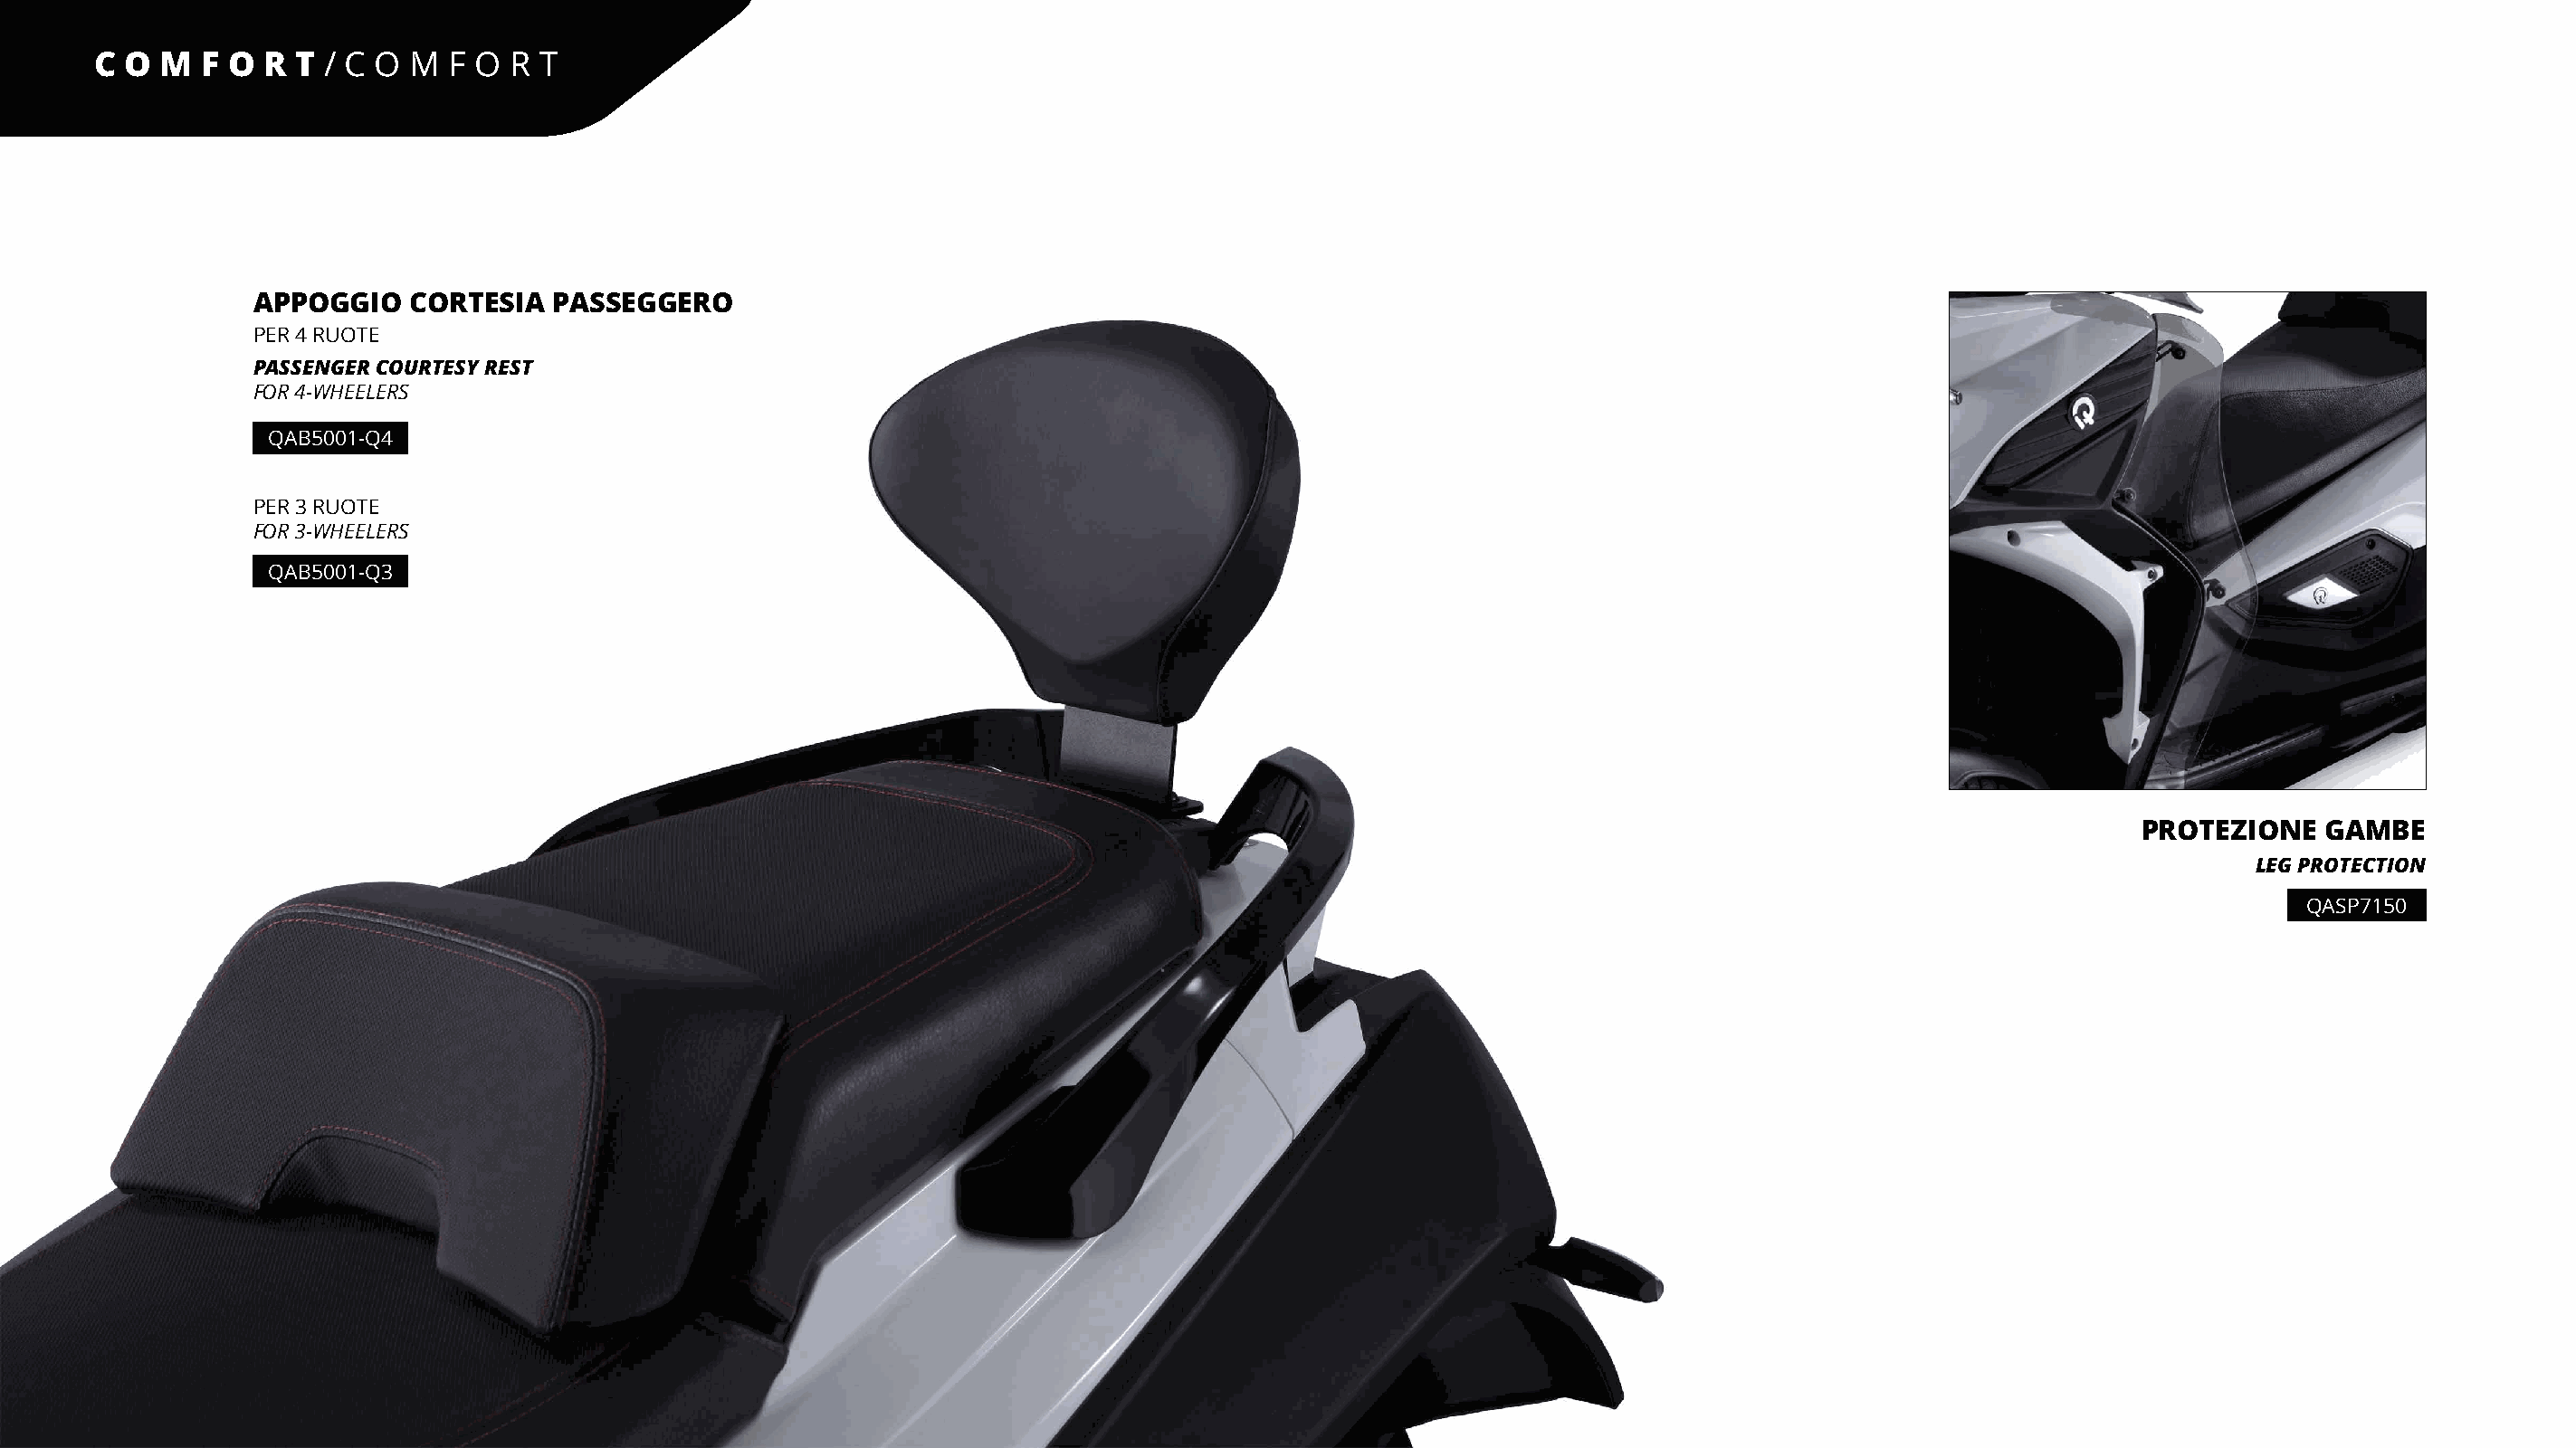
C O  M  F O R  T/ C O M  F O  R T
 APPOGGIO   CORTESIA  PASSEGGERO
 PER 4 RUOTE
 PASSENGER COURTESY REST
 FOR 4-WHEELERS
 QAB5001-Q4
 PER 3 RUOTE
 FOR 3-WHEELERS
 QAB5001-Q3
 PROTEZIONE   GAMBE
 LEG PROTECTION
 QASP7150